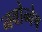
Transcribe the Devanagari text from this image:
नवोन्वेष